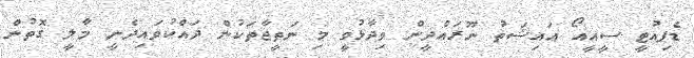
ޑެޕިއުޓީ ސީއީއޯ އައިޝަތު ނޫރައްދީން ވިދާޅުވީ މި ނަތީޖާތަކުން ދައްކުވައިދެނީ މާލީ ގޮތުން